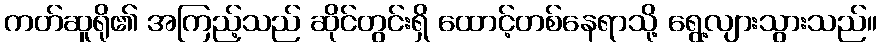
ကတ်ဆူရို၏ အကြည့်သည် ဆိုင်တွင်းရှိ ထောင့်တစ်နေရာသို့ ရွေ့လျားသွားသည်။